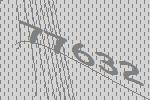
77632